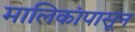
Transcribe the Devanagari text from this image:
मालिकांपासून